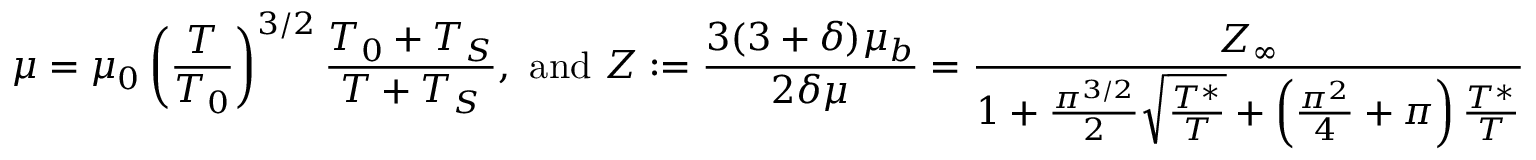
\mu = \mu _ { 0 } \left( \frac { T } { T _ { 0 } } \right) ^ { 3 / 2 } \frac { T _ { 0 } + T _ { S } } { T + T _ { S } } \mathrm { , ~ a n d ~ } Z : = \frac { 3 ( 3 + \delta ) \mu _ { b } } { 2 \delta \mu } = \frac { Z _ { \infty } } { 1 + \frac { \pi ^ { 3 / 2 } } { 2 } \sqrt { \frac { T ^ { * } } { T } } + \left( \frac { \pi ^ { 2 } } { 4 } + \pi \right) \frac { T ^ { * } } { T } }